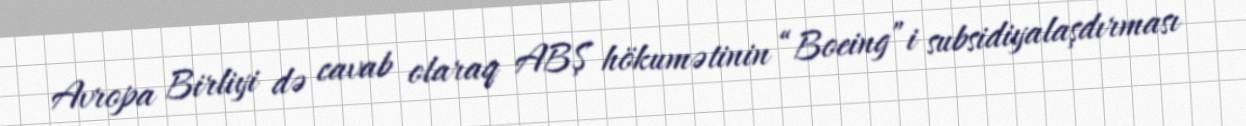
Avropa Birliyi də cavab olaraq ABŞ hökumətinin “Boeing”i subsidiyalaşdırması